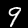
Digit: 9